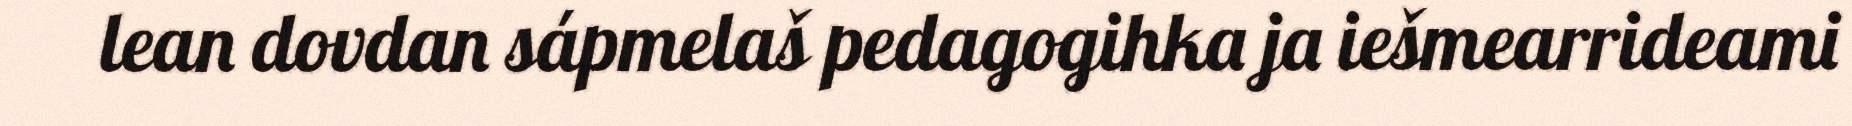
lean dovdan sápmelaš pedagogihka ja iešmearrideami